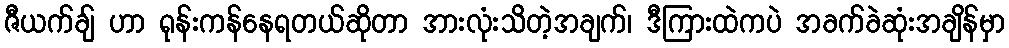
ဇီယက်ချ် ဟာ ရုန်းကန်နေရတယ်ဆိုတာ အားလုံးသိတဲ့အချက်၊ ဒီကြားထဲကပဲ အခက်ခဲဆုံးအချိန်မှာ